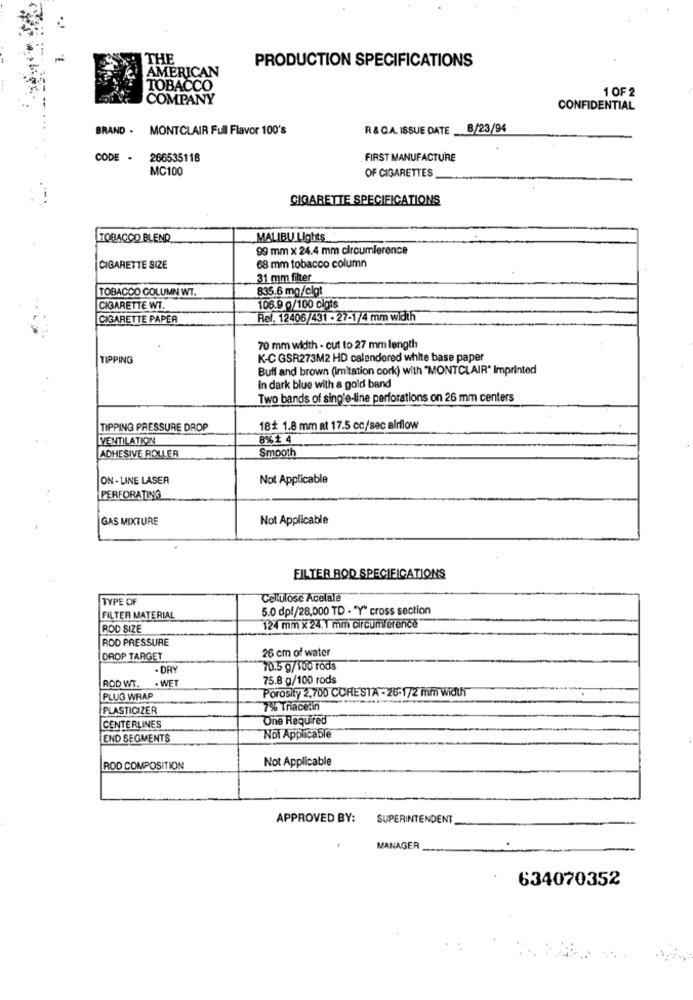
THE
PRODUCTION SPECIFICATIONS
AMERICAN
TOBACCO
1 OF 2
COMPANY
CONFIDENTIAL
BRAND .
MONTCLAIR Full Flavor 100's
R & CA. ISSUE DATE B/23/94
CODE .
266535118
FIRST MANUFACTURE
MC100
OF CIGARETTES
CIGARETTE SPECIFICATIONS
TOBACCO BLEND
MALIBU Lights
99 mm x 24.4 mm circumference
CIGARETTE SIZE
68 mm tobacco column
31 mm filter
TOBACCO COLUMN WT.
835.6 mg/cigt
CIGARETTE WT.
106.9 g/100 cigis
CIGARETTE PAPER
Ref. 12406/431 - 27-1/4 mm width
70 mm width - cut to 27 mm length
TIPPING
K-C GSR273M2 HD calendered white base paper
Buff and brown (imitation cork) with "MONTCLAIR" Imprinted
In dark blue with a gold band
Two bands of single-line perforations on 26 mm centers
TIPPING PRESSURE DROP
18+ 1.8 mm at 17.5 cc/sec airflow
VENTILATION
8%+ 4
Smooth
ADHESIVE ROLLER
ON - LINE LASER
Not Applicable
PERFORATING
GAS MIXTURE
Not Applicable
FILTER BOD SPECIFICATIONS
TYPE OF
Cellulose Acelale
5.0 dpf/28,000 TD - "Y" cross section
FILTER MATERIAL
ROD SIZE
124 mm x 24. 1 mm circumference"
ROD PRESSURE
26 cm of water
DROP TARGET
- DRY
70.5 g/100 rods
ROD WT. . WET
75.8 g/100 rods
Porosity 2,700 CORESTA - 26-1/2 mm width
PLUG WRAP
PLASTICIZER
7% Triacetin
One Required
CENTERLINES
END SEGMENTS
Not Applicable
Not Applicable
ROD COMPOSITION
APPROVED BY:
SUPERINTENDENT
MANAGER
634070352